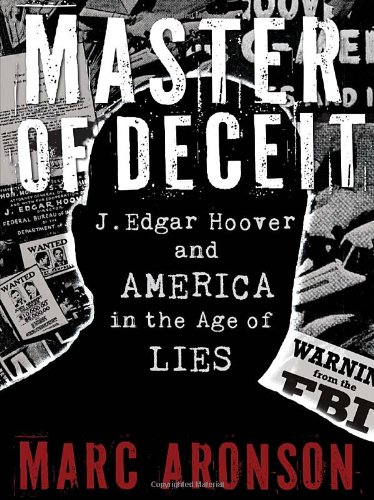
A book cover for Master of Deceit: J. Edgar Hoover and America in the Age of Lies; Marc Aronson; Teen & Young Adult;